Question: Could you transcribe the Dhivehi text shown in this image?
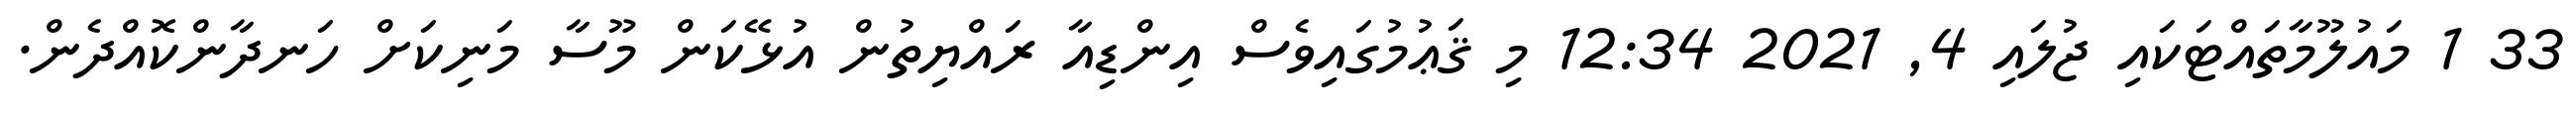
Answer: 33 1 މައުލޫމާތައްޓަކައި ޖުލައި 4, 2021 12:34 މި ޤަޢުމުގައިވެސް އިންޑިއާ ރައްޔިތުން އުޅޭކަން މޫސާ މަނިކަށް ހަނދާންކޮއްދެން.